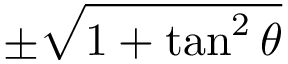
\pm { \sqrt { 1 + \tan ^ { 2 } \theta } }